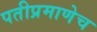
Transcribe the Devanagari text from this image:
पतीप्रमाणेच